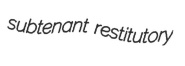
subtenant restitutory